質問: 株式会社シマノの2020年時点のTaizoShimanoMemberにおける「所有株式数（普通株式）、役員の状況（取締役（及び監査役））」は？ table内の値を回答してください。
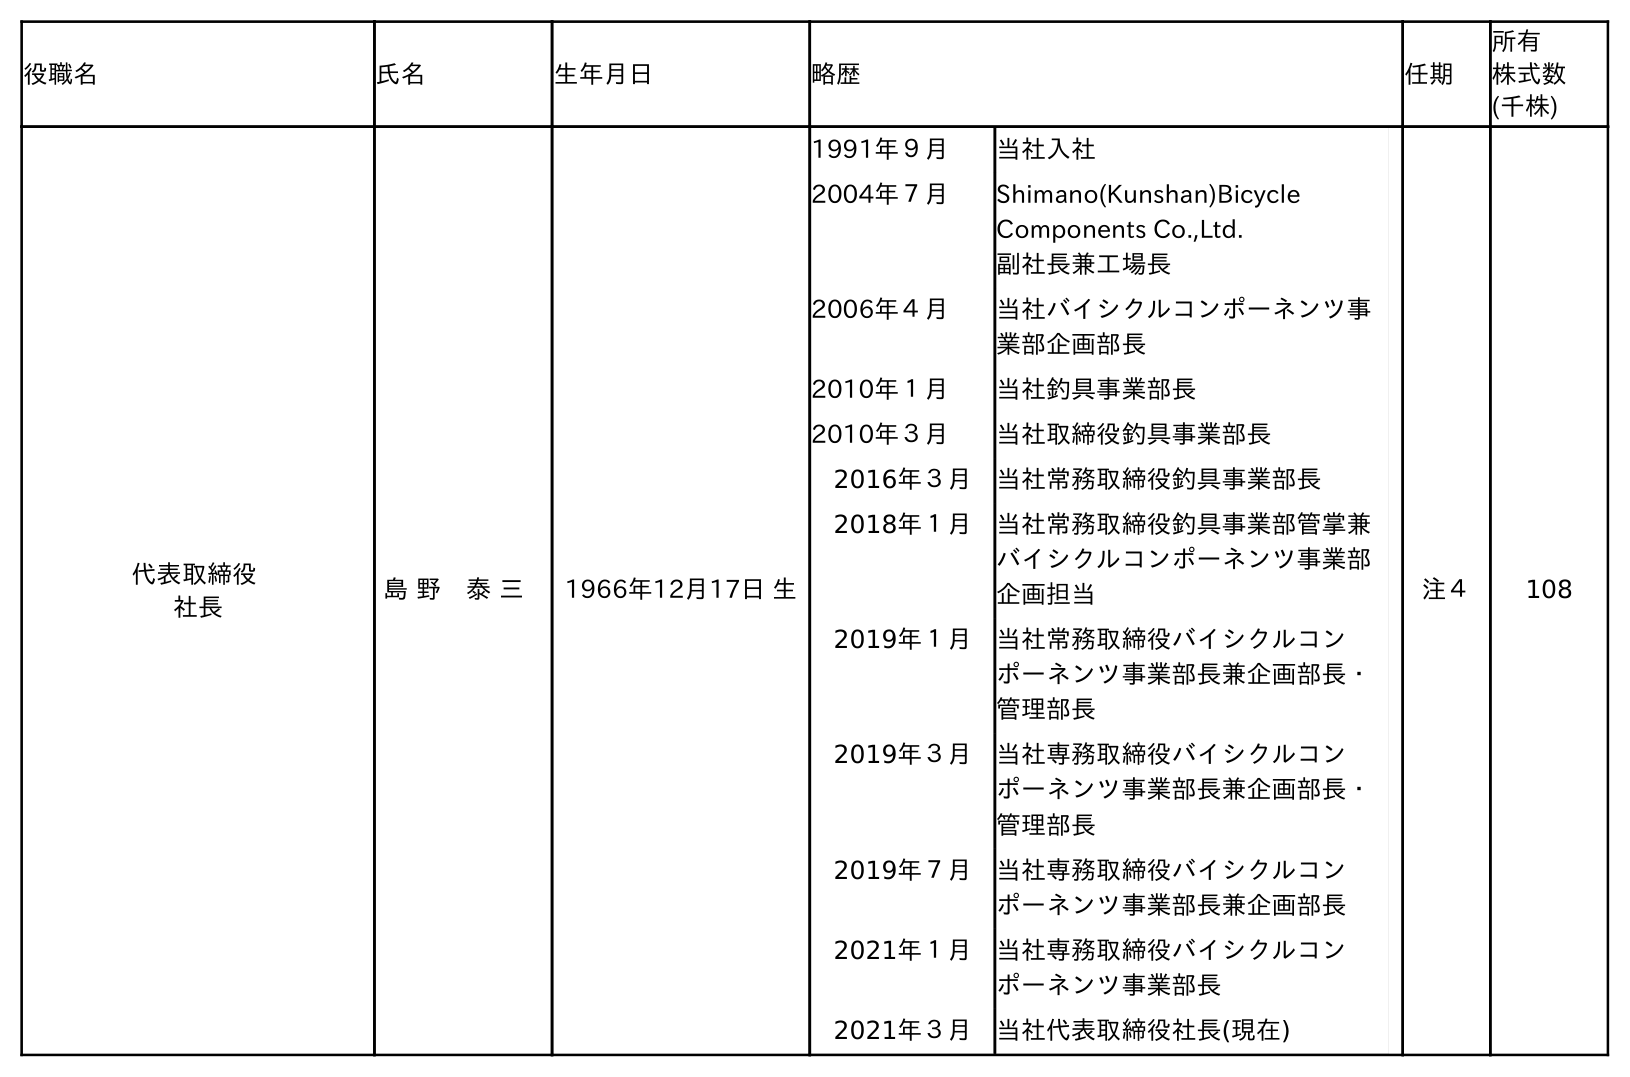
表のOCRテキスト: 役職名 氏名 生年月日 略歴 任期 所有 株式数 (千株) 代表取締役 社長 島 野 泰 三 1966年12月17日 生 1991年９月 当社入社 2004年７月 Shimano(Kunshan)Bicycle Components Co.,Ltd. 副社長兼工場長 2006年４月 当社バイシクルコンポーネンツ事 業部企画部長 2010年１月 当社釣具事業部長 2010年３月 当社取締役釣具事業部長 2016年３月 当社常務取締役釣具事業部長 2018年１月 当社常務取締役釣具事業部管掌兼 バイシクルコンポーネンツ事業部 企画担当 2019年１月 当社常務取締役バイシクルコン ポーネンツ事業部長兼企画部長・ 管理部長 2019年３月 当社専務取締役バイシクルコン ポーネンツ事業部長兼企画部長・ 管理部長 2019年７月 当社専務取締役バイシクルコン ポーネンツ事業部長兼企画部長 2021年１月 当社専務取締役バイシクルコン ポーネンツ事業部長 2021年３月 当社代表取締役社長(現在) 注４ 108
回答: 108